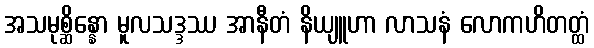
အသမုစ္ဆိန္နော မူလသဒ္ဒဿ အာနီတံ နိယျူဟာ လာသနံ လောကဟိတတ္ထံ